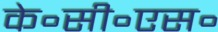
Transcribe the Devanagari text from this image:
के॰सी॰एस॰